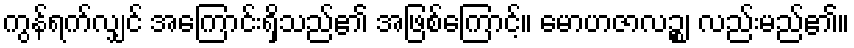
ကွန်ရက်လျှင် အကြောင်းရှိသည်၏ အဖြစ်ကြောင့်။ မောဟဇာလဉ္စ၊ လည်းမည်၏။